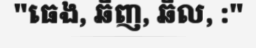
"ធេង, ឆិញ, ឆិល, :"